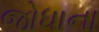
જોધાના